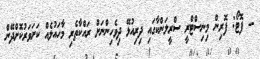
-- ފޮޓޯ: ފޮރިން މިނިސްޓްރީ ސްރީލަންކާގައި ދިރިއުޅޭ ދިވެހިންނަށް ރައްކާތެރި މާހައުލެއް ކަށަވަރުކޮށްދޭން